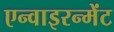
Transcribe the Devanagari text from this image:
एन्वाइरन्मेंट